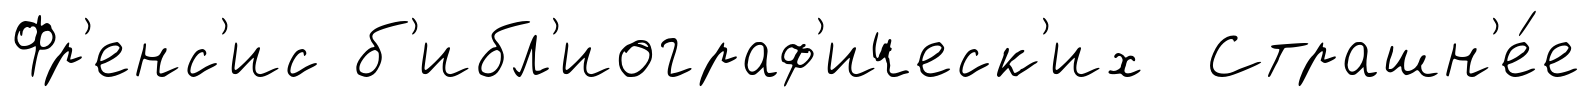
Фр'енс'ис б'ибл'иограф'ическ'их Страшн'е́е